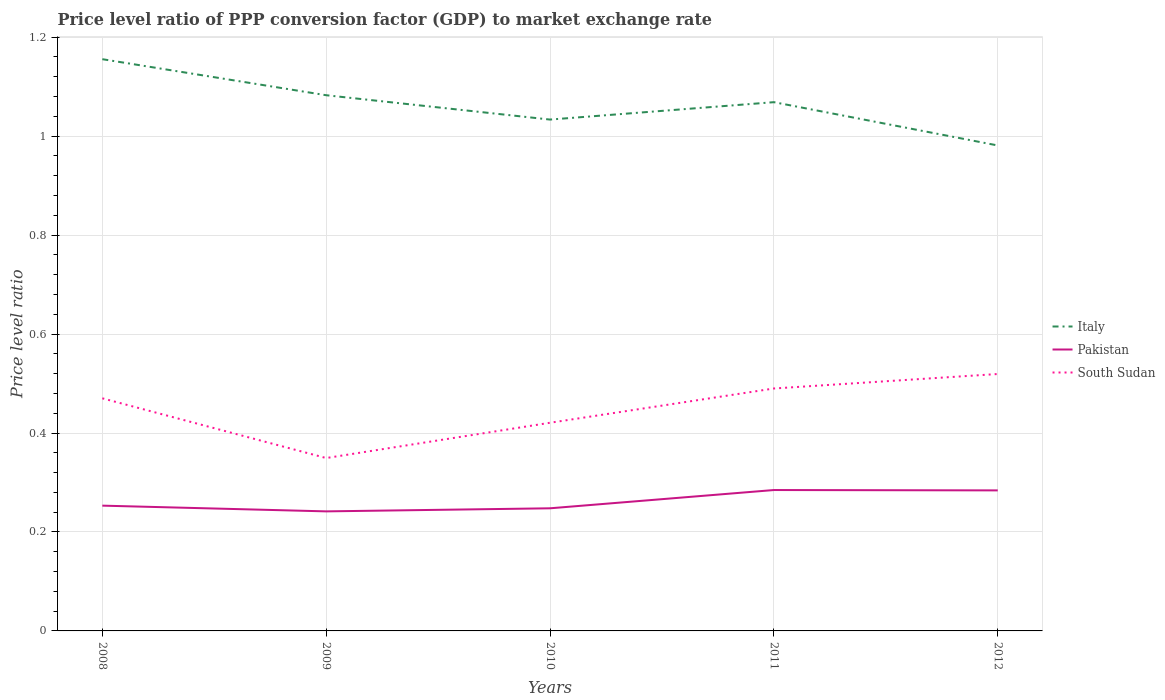
| Years | Italy | Pakistan | South Sudan |
 | --- | --- | --- | --- |
 | 2008 | 1.16 | 0.253 | 0.47 |
 | 2009 | 1.08 | 0.242 | 0.349 |
 | 2010 | 1.03 | 0.248 | 0.421 |
 | 2011 | 1.07 | 0.285 | 0.49 |
 | 2012 | 0.981 | 0.284 | 0.519 |